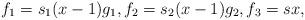
LaTeX: \begin{align*}f_1 = s_1 (x-1) g_1, f_2 = s_2 (x-1) g_2, f_3 = s x,\end{align*}